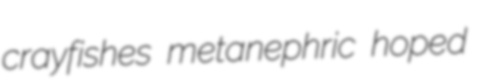
crayfishes metanephric hoped